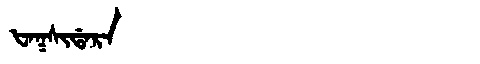
Manchu: ᡶᠠᡴᠰᡳᡩᠠᡵᠠ
Romanization: FAKSIDARA